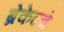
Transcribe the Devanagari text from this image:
ब्रेकेटचे